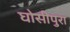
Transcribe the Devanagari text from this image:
घोसीपुरा